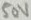
Text: 50V